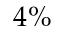
4 \%